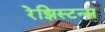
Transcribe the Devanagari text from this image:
रेझिस्टन्स